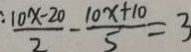
\frac { 1 0 x - 2 0 } { 2 } - \frac { 1 0 x + 1 0 } { 5 } = 3